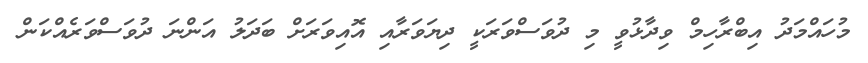
މުހައްމަދު އިބްރާހިމް ވިދާޅުވީ މި ދުވަސްވަރަކީ ދިޔަވަރާއި އޮއިވަރަށް ބަދަލު އަންނަ ދުވަސްވަރެއްކަން